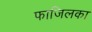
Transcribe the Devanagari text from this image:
फाजिलका